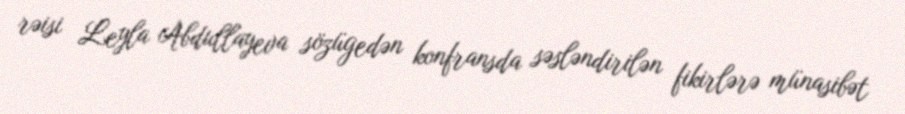
rəisi Leyla Abdullayeva sözügedən konfransda səsləndirilən fikirlərə münasibət